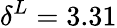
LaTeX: \delta^{L}=3.31